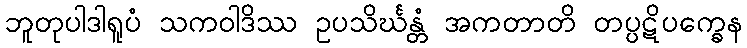
ဘူတုပါဒါရူပံ သကဝါဒိဿ ဥပသိင်္ဃန္တံ အကတာတိ တပ္ပဋိပက္ခေန